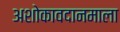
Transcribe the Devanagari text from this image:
अशोकावदानमाला